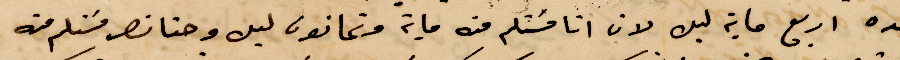
بيده اربع ماية ليره لان انا مستلم منه ماية وثمانون ليره وحنا نصر مستلم منه